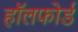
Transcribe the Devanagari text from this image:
हॉलफोर्ड